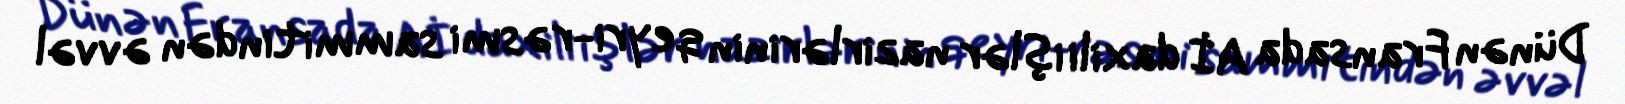
Dünən Fransada Aİ daxili işlər nazirlərinin qeyri-rəsmi sammitindən əvvəl